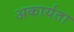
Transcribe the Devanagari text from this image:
अकार्यता